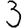
Digit: 3